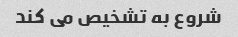
شروع به تشخیص می کند